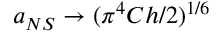
a _ { N S } \rightarrow ( \pi ^ { 4 } C h / 2 ) ^ { 1 / 6 }